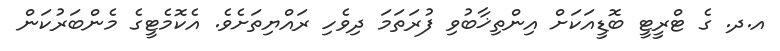
އ.ދ. ގެ ޓްރީޓީ ބޮޑީއަކަށް އިންތިޚާބުވި ފުރަތަމަ ދިވެހި ރައްޔިތަށެވެ. އެކޮމެޓީގެ މެންބަރުކަން